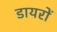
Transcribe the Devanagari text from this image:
डायरों